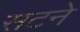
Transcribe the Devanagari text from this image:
सटने